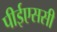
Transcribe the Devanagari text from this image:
पीईएससी